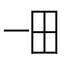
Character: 𤰓